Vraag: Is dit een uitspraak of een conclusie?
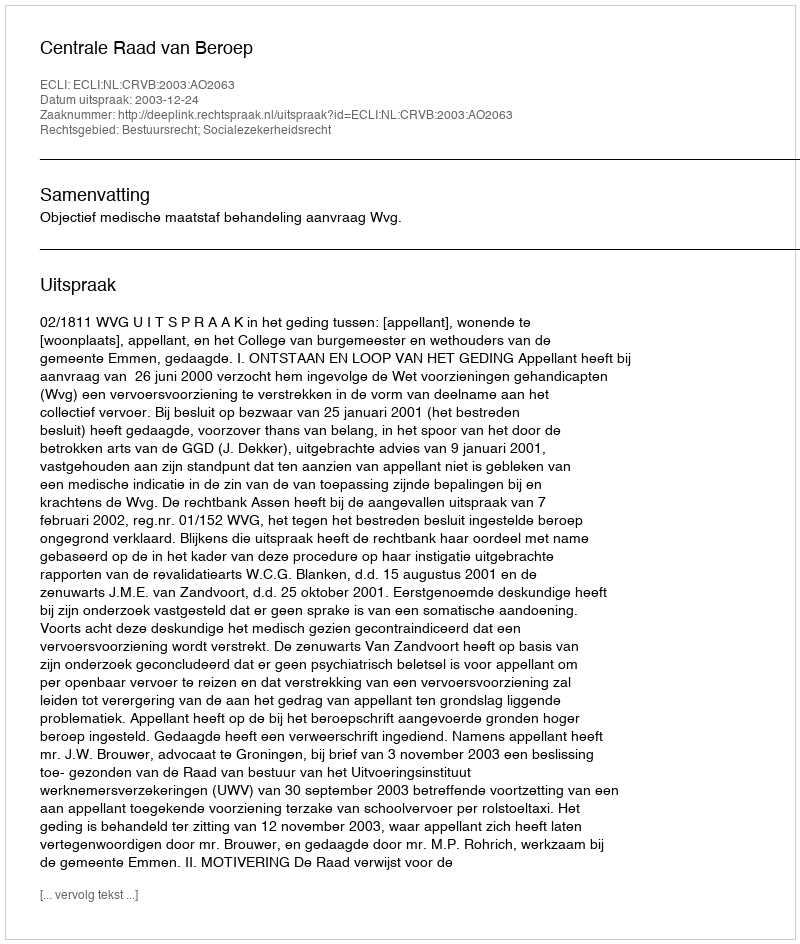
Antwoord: Uitspraak